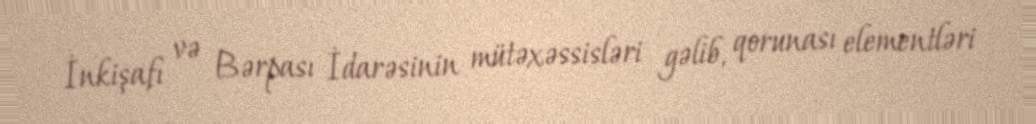
İnkişafı və Bərpası İdarəsinin mütəxəssisləri gəlib, qorunası elementləri